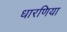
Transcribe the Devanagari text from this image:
धारणिया